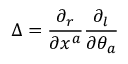
\Delta = { \frac { \partial _ { r } } { \partial x ^ { a } } } { \frac { \partial _ { l } } { \partial \theta _ { a } } }